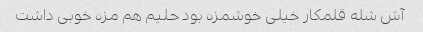
آش شله قلمکار خیلی خوشمزه بود حلیم هم مزه خوبی داشت